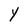
Character: Y